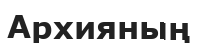
Архияның